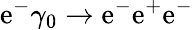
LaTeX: \mathrm{e}^{-}\gamma_{0}\rightarrow\mathrm{e}^{-}\mathrm{e}^{+}\mathrm{e}^{-}